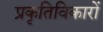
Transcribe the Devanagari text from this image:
प्रकृतिविकारों